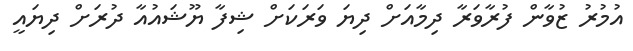
އުމުރު ޒުވާން ފުރާވަރާ ދިމާއަށް ދިޔަ ވަރަކަށް ޝިފާ ޔޫޝައުއާ ދުރަށް ދިޔައީ